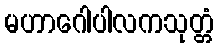
မဟာဂေါပါလကသုတ္တံ